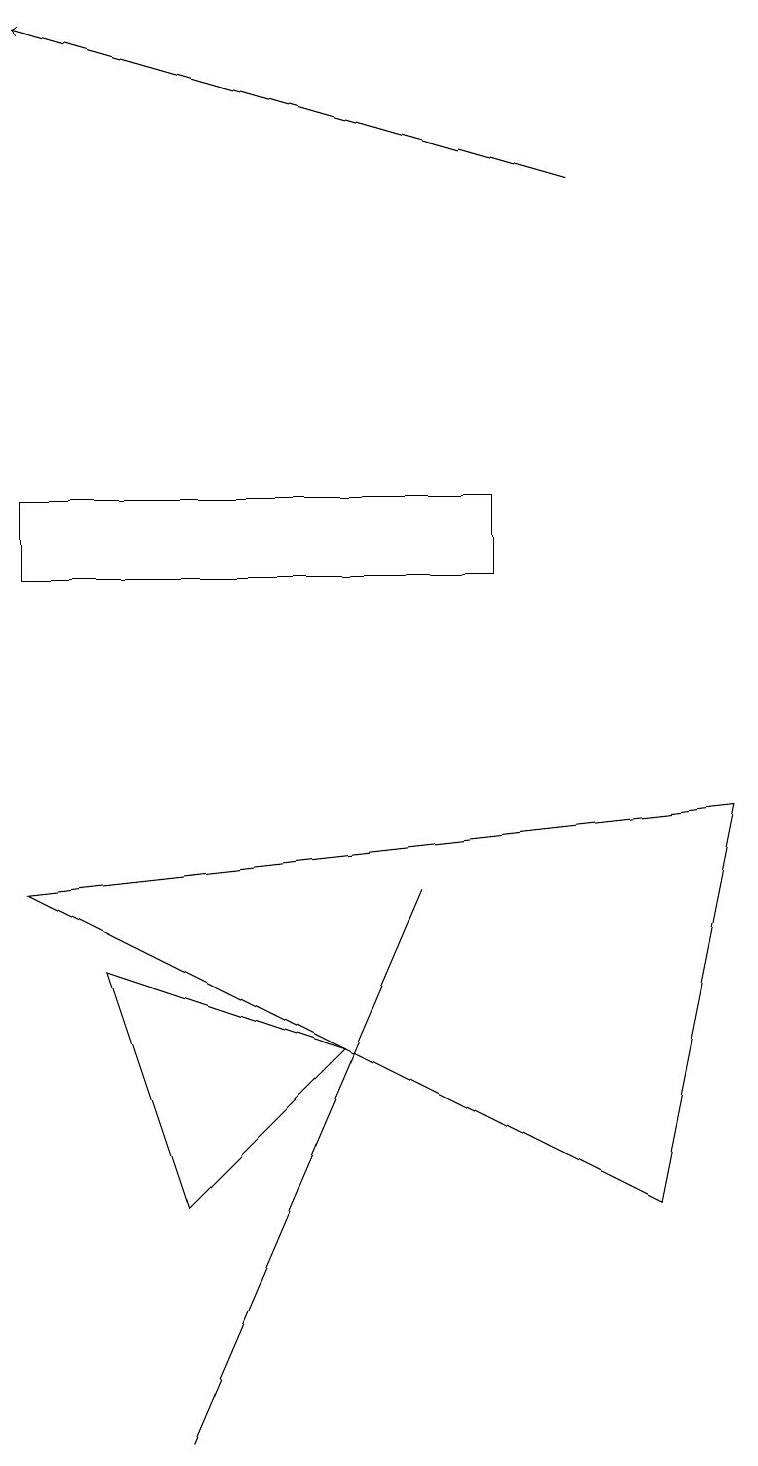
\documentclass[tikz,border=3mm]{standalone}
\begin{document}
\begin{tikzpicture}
\draw (6,12) rectangle (0,13);
\draw (8,4) -- (0,8) -- (9,9) -- cycle;
\draw (4,6) -- (2,4) -- (1,7) -- cycle;
\draw (5,8) -- (2,1) -- (2,1) -- cycle;
\draw[->] (7,17) -- (0,19);
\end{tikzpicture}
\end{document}